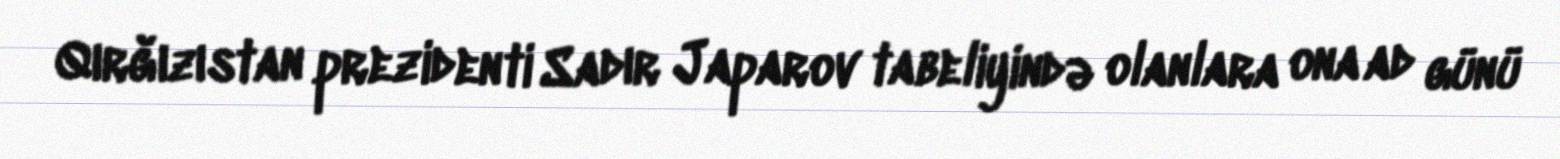
Qırğızıstan prezidenti Sadır Japarov tabeliyində olanlara ona ad günü